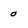
Character: 0